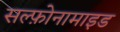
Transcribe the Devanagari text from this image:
सल्फ़ोनामाइड